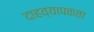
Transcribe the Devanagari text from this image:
दाहव्यापकता